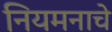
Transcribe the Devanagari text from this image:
नियमनाचे